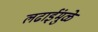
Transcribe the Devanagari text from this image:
लढाईंमुळे